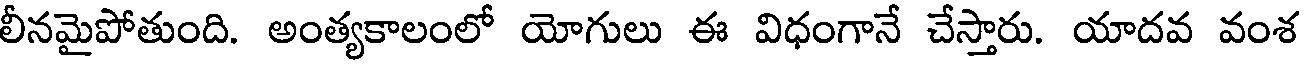
లీనమైపోతుంది. అంత్యకాలంలో యోగులు ఈ విధంగానే చేస్తారు. యాదవ వంశ